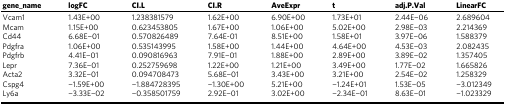
| gene_name | logFC | CI.L | CI.R | AveExpr | t | adj.P.Val | LinearFC |
 | --- | --- | --- | --- | --- | --- | --- | --- |
 | Vcam1 | 1.43E+00 | 1.238381579 | 1.62E+00 | 6.90E+00 | 1.73E+01 | 2.44E−06 | 2.689604 |
 | Mcam | 1.15E+00 | 0.623453805 | 1.67E+00 | 1.06E+00 | 5.02E+00 | 2.98E−03 | 2.214369 |
 | Cd44 | 6.68E−01 | 0.570826489 | 7.64E-01 | 8.51E+00 | 1.58E+01 | 3.97E−06 | 1.588379 |
 | Pdgfra | 1.06E+00 | 0.535143995 | 1.58E+00 | 1.44E+00 | 4.64E+00 | 4.53E−03 | 2.082435 |
 | Pdgfrb | 4.41E−01 | 0.090816963 | 7.91E−01 | 1.88E+00 | 2.89E+00 | 3.89E−02 | 1.357405 |
 | Lepr | 7.36E−01 | 0.252759698 | 1.22E+00 | 1.21E+00 | 3.49E+00 | 1.77E−02 | 1.665826 |
 | Acta2 | 3.32E−01 | 0.094708473 | 5.68E−01 | 3.43E+00 | 3.21E+00 | 2.54E−02 | 1.258329 |
 | Cspg4 | −1.59E+00 | −1.884728395 | −1.30E+00 | 5.21E+00 | −1.24E+01 | 1.53E−05 | −3.012349 |
 | Ly6a | −3.33E−02 | −0.358501759 | 2.92E−01 | 3.02E+00 | −2.34E−01 | 8.63E−01 | −1.023329 |